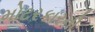
મોટરકારની